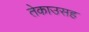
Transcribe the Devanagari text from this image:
तेकाउसह